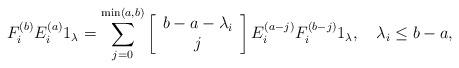
LaTeX: \begin{align*} F_i^{(b)}E_i^{(a)}1_\lambda=\sum_{j=0}^{\min(a,b)}\left[ \begin{array}{c}b-a-\lambda_i\\j\end{array}\right]E_i^{(a-j)}F_i^{(b-j)}1_\lambda,\quad\lambda_i\leq b-a,\end{align*}